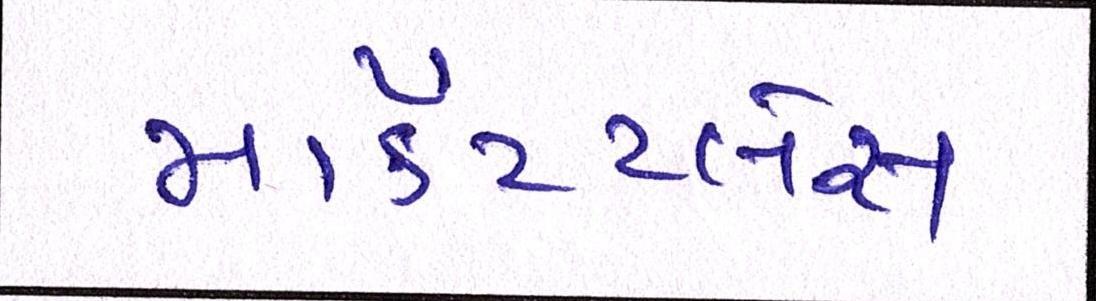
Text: માર્કેટપ્લેસ